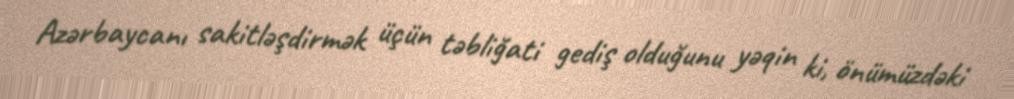
Azərbaycanı sakitləşdirmək üçün təbliğati gediş olduğunu yəqin ki, önümüzdəki